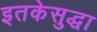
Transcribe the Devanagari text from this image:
इतकेसुद्धा